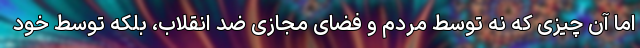
اما آن چیزی که نه توسط مردم و فضای مجازی ضد انقلاب، بلکه توسط خود